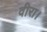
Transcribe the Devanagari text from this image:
वीरा।